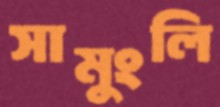
সামুংলি